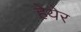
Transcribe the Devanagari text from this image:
हेयेर